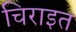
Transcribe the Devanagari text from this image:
चिराइत